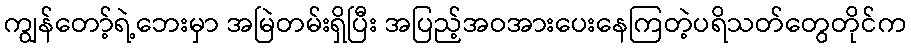
ကျွန်တော့်ရဲ့ဘေးမှာ အမြဲတမ်းရှိပြီး အပြည့်အဝအားပေးနေကြတဲ့ပရိသတ်တွေတိုင်က